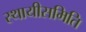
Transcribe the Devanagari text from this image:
स्थायीसमिति